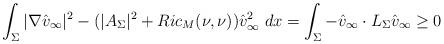
LaTeX: \begin{align*} \int_{\Sigma} |\nabla \hat{v}_\infty|^2 - (|A_{\Sigma}|^2 + Ric_M(\nu, \nu))\hat{v}_\infty^2 \ dx = \int_{\Sigma} -\hat{v}_\infty\cdot L_{\Sigma}\hat{v}_\infty \geq 0 \end{align*}